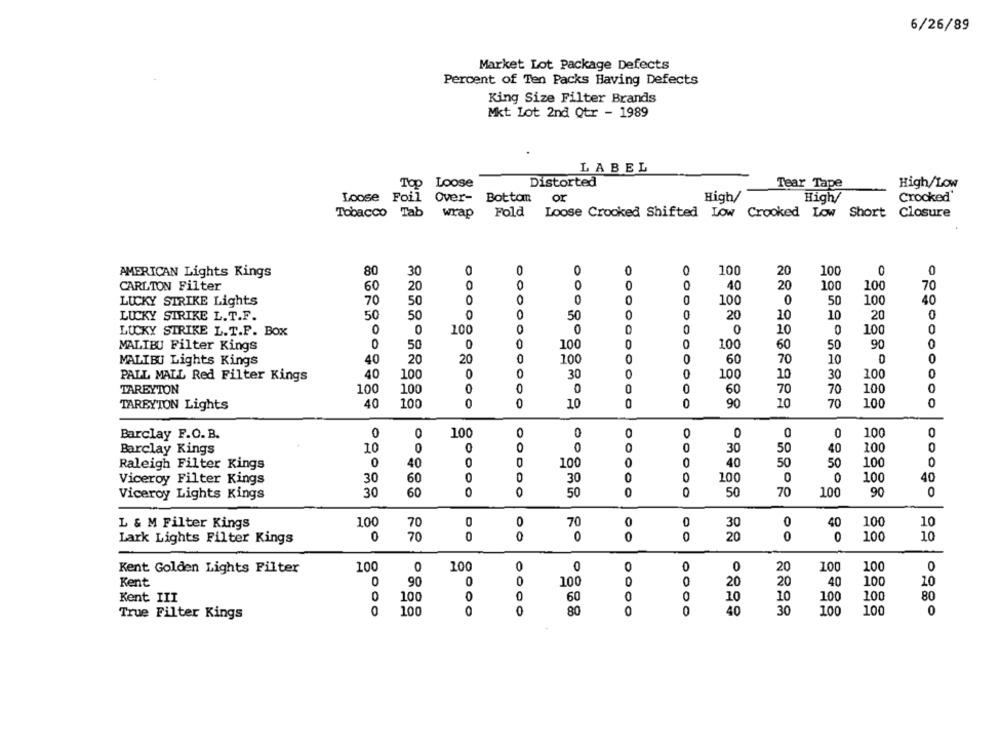
6/26/89
Market Lot Package Defects
Percent of Ten Packs Having Defects
King Size Filter Brands
Mkt Lot 2nd Qtr - 1989
LABEL
Top Loose
Distorted
Tear Tape
High/Low
Loose Foil Over- Bottan
or
High/
High/
Crooked'
Tobacco Tab wrap Fold Loose Crooked Shifted Low Crooked Low Short Closure
Closure
80
0
0
100
100
0
0
AMERICAN Lights Kings
30
20
0
0
40
20
100
100
CARLTON Filter
60
20
70
OOO
O
0
100
0
100
40
LUCKY STRIKE Lights
70
50
50
50
50
0
50
0
20
10
20
0
LUCKY STRIKE L.T.F.
10
100
0
0
O
10
0
100
0
LUCKY STRIKE L.T.P. BOX
100
50
0
0
100
0
100
60
50
90
MALIBU Filter Kings
MALIBU Lights Kings
40
20
20
0
100
0
0
60
70
10
0
40
100
0
30
0
100
10
30
100
0
PALL MALL Red Filter Kings
TAREYTON
100
100
0
0
0
60
70
70
100
0
TARBYTON Lights
40
100
0
10
0
0
90
10
70
100
0
Barclay F.O. B.
0
0
100
0
0
0
0
0
0
100
Barclay Kings
10
0
0
O
0
0
0
30
50
40
100
Raleigh Filter Kings
0
40
100
0
40
50
50
100
0
Viceroy Filter Kings
30
60
30
0
100
100
40
Viceroy Lights Kings
30
60
00
0
50
0
0
50
70
100
90
0
L & M Filter Kings
100
70
0
0
70
0
0
40
100
10
30
Lark Lights Filter Kings
0
70
0
0
0
0
0
20
0
0
100
10
Kent Golden Lights Filter
100
100
0
0
0
O
0
20
100
100
0
Kent
90
0
0
100
0
20
20
40
100
10
Kent III
0
100
0
60
0
0
10
10
100
100
80
True Filter Kings
0
100
0
0
80
0
0
40
30
100
100
0